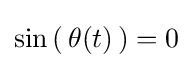
\sin \left(\,\theta (t)\,\right)=0